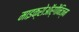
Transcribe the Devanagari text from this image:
माइक्रोऑर्गैनिज्म